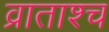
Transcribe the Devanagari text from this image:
व्राताश्च